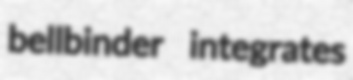
bellbinder integrates